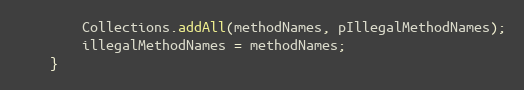
Language: Java
        Collections.addAll(methodNames, pIllegalMethodNames);
        illegalMethodNames = methodNames;
    }